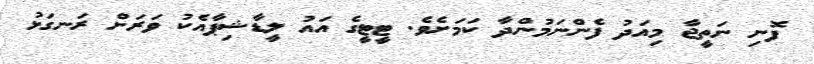
ފޮނި ނަތީޖާ މިއަދު ފެންނަމުންދާ ކަމަށެވެ. ޓީޓީގެ އައު ލީޑާޝިޕާއެކު ވަރަށް ރަނގަޅު